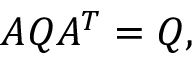
A Q A ^ { T } = Q ,